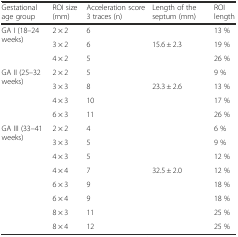
<table><thead><tr><td><b>Gestational age group</b></td><td><b>ROI size (mm)</b></td><td><b>Acceleration score 3 traces (n)</b></td><td><b>Length of the septum (mm)</b></td><td><b>ROI length</b></td></tr></thead><tbody><tr><td rowspan="3">GA I (18–24 weeks)</td><td>2 × 2</td><td>6</td><td></td><td>13 %</td></tr><tr><td>3 × 2</td><td>6</td><td>15.6 ± 2.3</td><td>19 %</td></tr><tr><td>4 × 2</td><td>5</td><td></td><td>26 %</td></tr><tr><td rowspan="4">GA II (25–32 weeks)</td><td>2 × 2</td><td>5</td><td></td><td>9 %</td></tr><tr><td>3 × 3</td><td>8</td><td>23.3 ± 2.6</td><td>13 %</td></tr><tr><td>4 × 3</td><td>10</td><td></td><td>17 %</td></tr><tr><td>6 × 3</td><td>11</td><td></td><td>26 %</td></tr><tr><td rowspan="4">GA III (33–41 weeks)</td><td>2 × 2</td><td>4</td><td></td><td>6 %</td></tr><tr><td>3 × 3</td><td>5</td><td></td><td>9 %</td></tr><tr><td>4 × 3</td><td>5</td><td></td><td>12 %</td></tr><tr><td>4 × 4</td><td>7</td><td>32.5 ± 2.0</td><td>12 %</td></tr><tr><td rowspan="4"></td><td>6 × 3</td><td>9</td><td></td><td>18 %</td></tr><tr><td>6 × 4</td><td>9</td><td></td><td>18 %</td></tr><tr><td>8 × 3</td><td>11</td><td></td><td>25 %</td></tr><tr><td>8 × 4</td><td>12</td><td></td><td>25 %</td></tr></tbody></table>